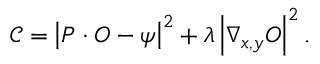
\mathcal { C } = \left| P \cdot O - \psi \right| ^ { 2 } + \lambda \left| \nabla _ { x , y } O \right| ^ { 2 } .